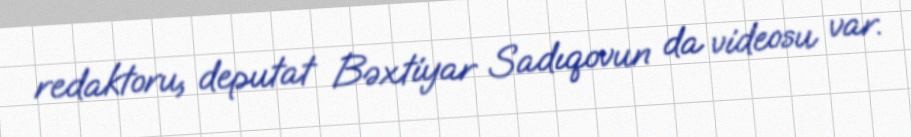
redaktoru, deputat Bəxtiyar Sadıqovun da videosu var.